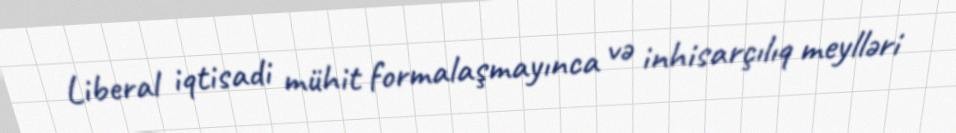
Liberal iqtisadi mühit formalaşmayınca və inhisarçılıq meylləri